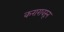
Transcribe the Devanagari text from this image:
करारावरून